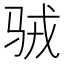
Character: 𱅉